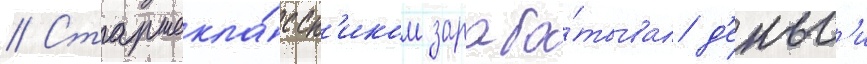
// Старшекла́ссн'иком зараба́тывал д'еньг'и